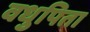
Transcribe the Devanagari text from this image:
वधुपिता